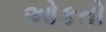
ઓકતો